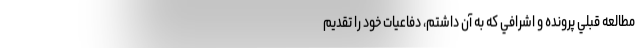
مطالعه قبلي پرونده و اشرافي كه به آن داشتم، دفاعيات خود را تقديم